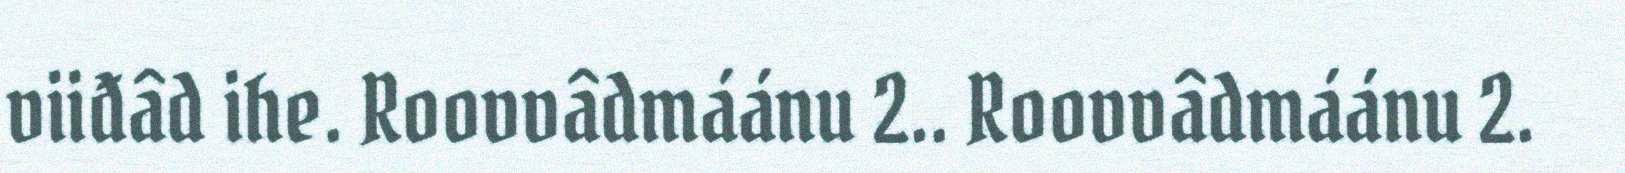
viiđâd ihe. Roovvâdmáánu 2.. Roovvâdmáánu 2.